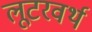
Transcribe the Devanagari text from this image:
लूटरवर्थ